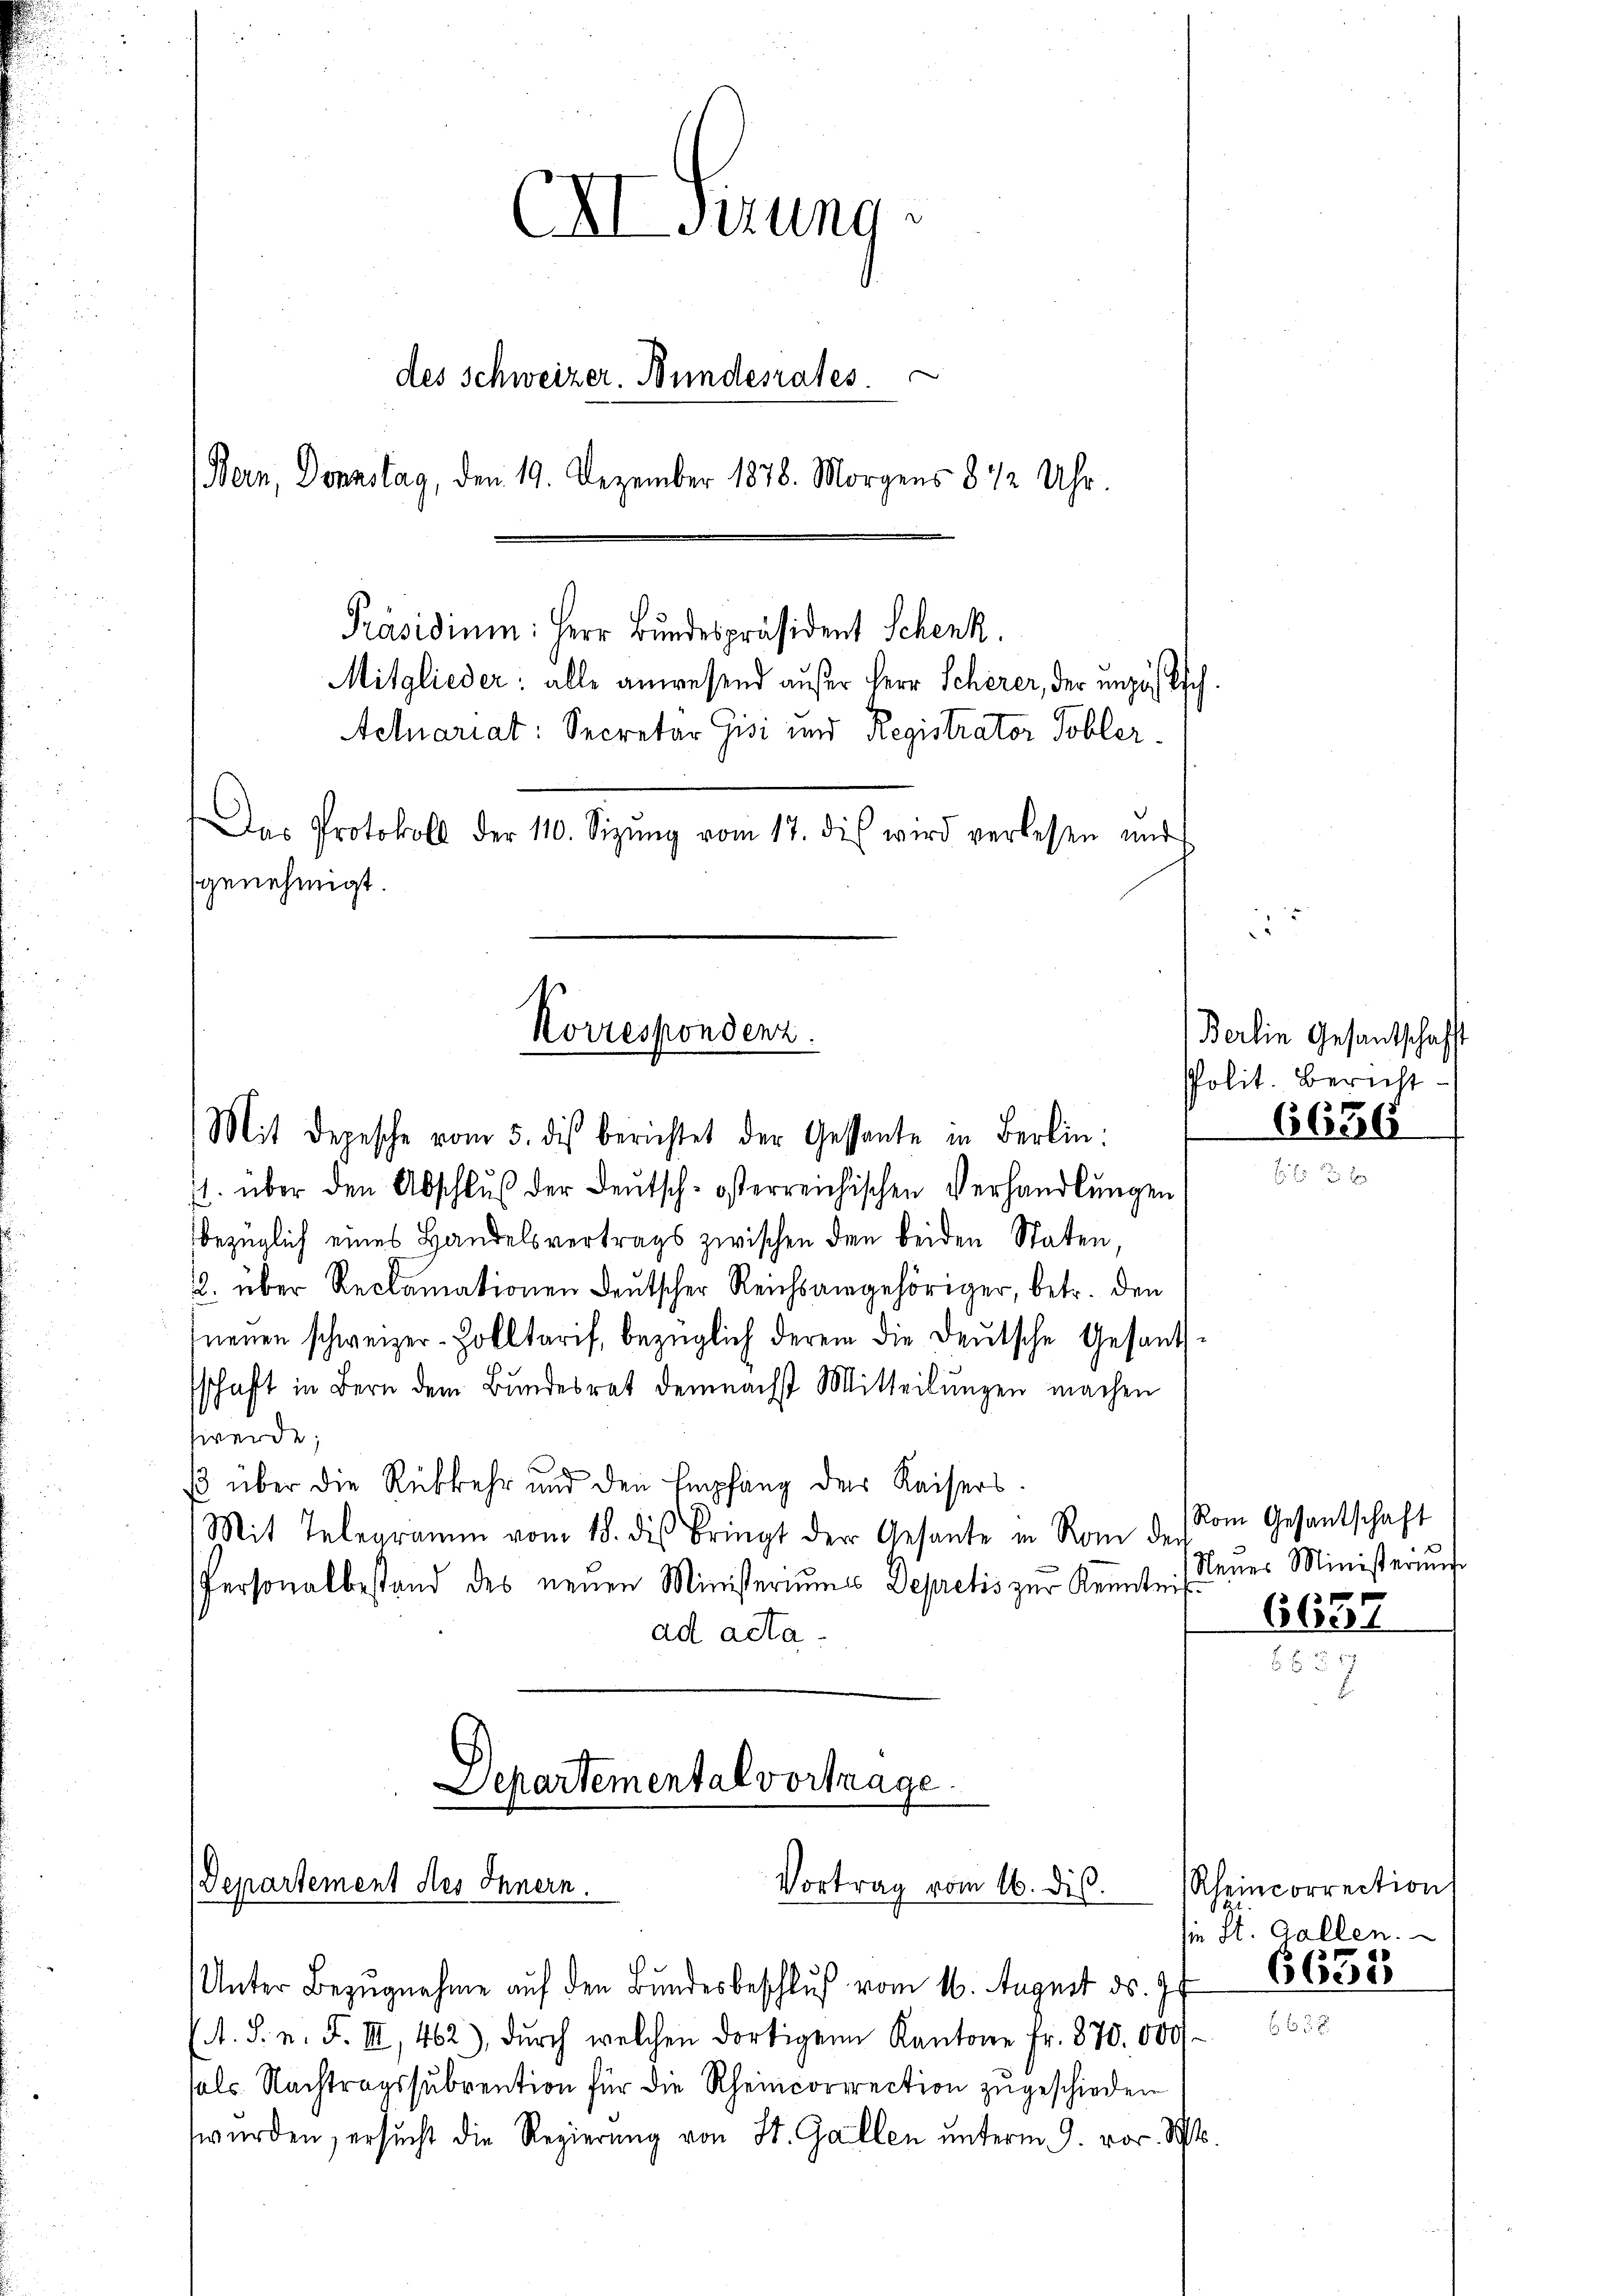
XIsizung
des Schweizer. Bundesrates
Bern, Donnstag, den 19. Dezember 1878. Morgens 872 Uhr.
Präsidium: Herr Bundespräsident Schenk.
Mitglieder: alle anwesend außer Herr Scherer, der unzösisch¬
Aetariat: Secretär Gisi und Registrator Tobler-
Das Protokoll der 110. Sizŭng vom 17. die wird verlesen und
genehmigt.

Korrespondenz.

Separtemental vortrage

Departement des Innern.
Vortrag vom 16. dis.

Unter Bezugnahme auf den Bundesbeschluß vom 16. August ds. 97
A. S. n. F. III 462), dŭrch welchen dortigen Kantone fr. 870. 000
sels. Nachtragssubvention für die Rheincorrrection zugeschieden
würden, ersucht die Regierung von St. Gallen unterm 9. vor. Mts.

Mit Depesche vom 5. diβ berichtet der Gessante in Berlin
1. über den Abschlŭβ der Deutsch-österreichischen Verhandlŭngen
bezüglich eines Handelsvertrags zwischen den beiden Staten,
2. über Reclamationen deutscher Reichsangehöriger, betr. den
neuen schweizer-Zolltarif, bezüglich derem die deŭtsche Gesand-
schaft in Bern dem Bundesrat demnächst Mitteilungen machen
werde;
ß über die Rükkehr und den Empfang des Kaisers.
Mit Telegramm vom 18. des Bringt der Gesante in Rom der
Personalbestand des neuen Ministeriums Depretis zur Kenntnis denes Ministeri
ad acta.

Berlin Gesandtschafft
polit. Bericht

6656

Rom Gesantschaft

6657

Rheincorrection
sie St. Gallen.
6635